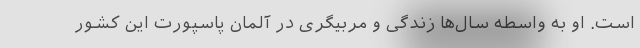
است. او به ‌واسطه سال‌ها زندگی و مربیگری در آلمان پاسپورت این کشور